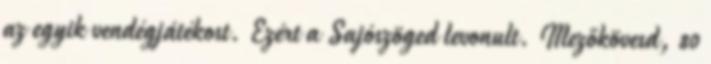
az egyik vendégjátékost. Ezért a Sajószöged levonult. Mezőkövesd, 80